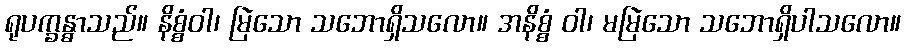
ရုပက္ခန္ဓာသည်။ နိစ္စံဝါ၊ မြဲသော သဘောရှိသလော။ အနိစ္စံ ဝါ၊ မမြဲသော သဘောရှိပါသလော။